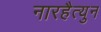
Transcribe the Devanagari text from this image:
नारहैत्युन